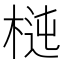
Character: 𣔝